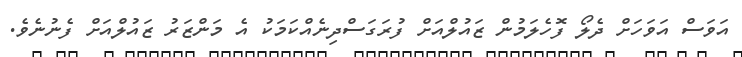
އަވަސް އަވަހަށް ދެލޯ ފޮހެލަމުން ޒައުލްއަށް ފުރަގަސްދިނެއްކަމަކު އެ މަންޒަރު ޒައުލްއަށް ފެނުނެވެ.